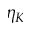
\eta _ { K }